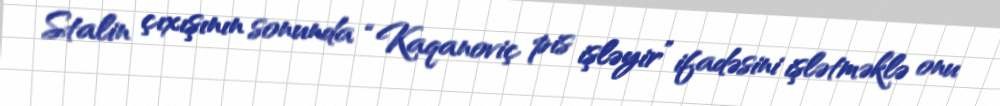
Stalin çıxışının sonunda “Kaqanoviç pis işləyir” ifadəsini işlətməklə onu